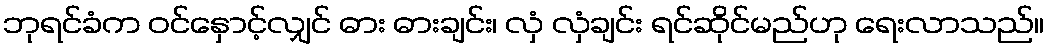
ဘုရင်ခံက ဝင်နှောင့်လျှင် ဓား ဓားချင်း၊ လှံ လှံချင်း ရင်ဆိုင်မည်ဟု ရေးလာသည်။